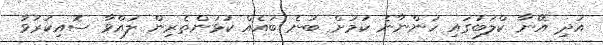
އަދި އޭނާ ކްލަބުގައި ހުންނާނެ ކަމަށް ބުނެ ބައެއް ކުޅުންތެރިން ލައްވާ ސޮއިކުރުވާ